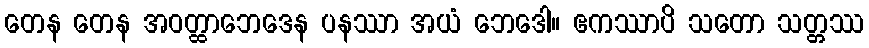
တေန တေန အဝတ္ထာဘေဒေန ပနဿာ အယံ ဘေဒေါ။ ဧကဿာပိ သတော သတ္တဿ